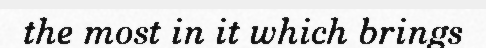
the most in it which brings